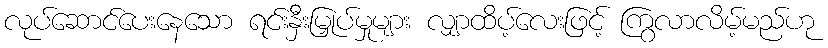
လုပ်ဆောင်ပေးနေသော ရင်းနှီးမြှုပ်မှုများ လျှာထိပ့်လေးဖြင့် ကြွလာလိမ့်မည်ဟု